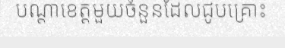
បណ្តាខេត្តមួយចំនួនដែលជូបគ្រោះ